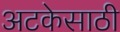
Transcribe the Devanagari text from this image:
अटकेसाठी